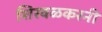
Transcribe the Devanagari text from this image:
शिरवळकरनी